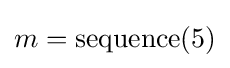
m={\text{sequence}}(5)